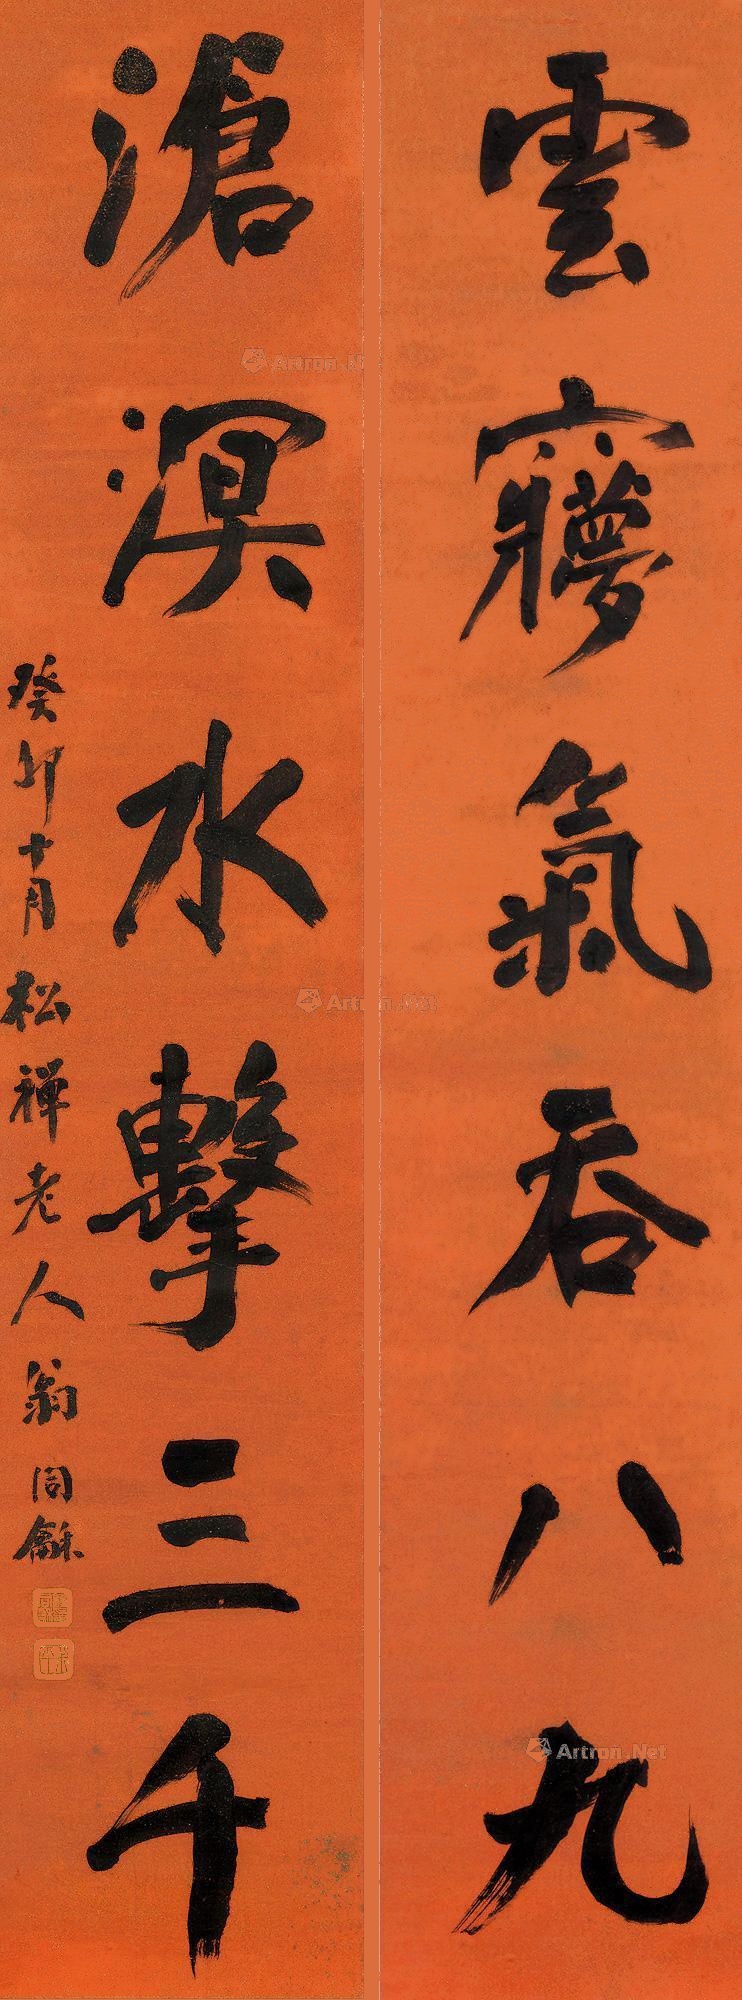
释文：云寝气吞八九，沧溟水击三千。癸卯十月，松禅老人翁同龢。